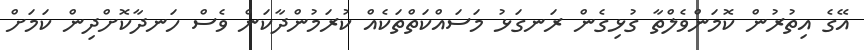
އޭގެ އިތުރުން ކޮމަންވެލްތާ ގުޅިގެން ރަނގަޅު މަސައްކަތްތަކެއް ކުރަމުންދާކަން ވެސް ހަނދާކޮށްދިން ކަމަށް